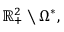
\mathbb { R } _ { + } ^ { 2 } \setminus \Omega ^ { * } ,